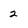
Character: 2